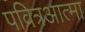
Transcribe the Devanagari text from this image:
पवित्रआत्मा